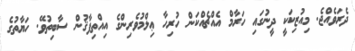
ދެރަވެއްޖެ. މިއުޒިކަކީ ދީނުގައި ހަރާމް އެއްޗެއްކަން ހުރިހާ ޢިލްމުވެރިންގެ އިއްތިފާޤުން ސާބިތުވޭ. ހަޔާތުގެ